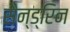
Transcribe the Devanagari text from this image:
सैन्ड्रिन